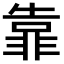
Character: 靠